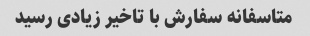
متاسفانه سفارش با تاخیر زیادی رسید